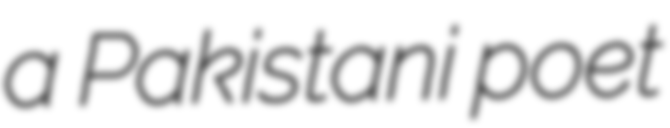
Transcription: a Pakistani poet